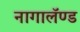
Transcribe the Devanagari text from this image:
नागालॅण्ड